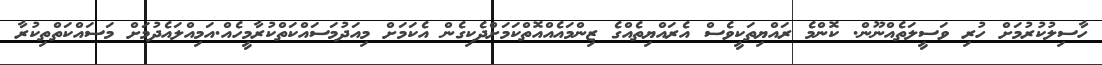
ހާސިލުކުރުމަށް ހުރި ވަސީލަތެއްނޫން. ކޮންމެ ރައްޔިތަކީވެސް އެރައްޔިތެއްގެ ޒިންމައެއްއޮތްކަމަށްދެކިގެން އެކަމަށް މިއަދުމަސައްކަތްކުރާމީހެއް.އަމިއްލައެދުމަށް މަސައްކަތްތިކުރާ